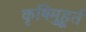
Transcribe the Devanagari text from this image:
कृषिमुहूर्त